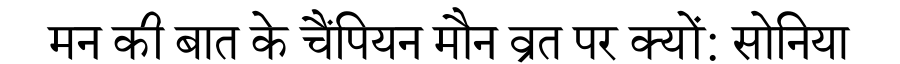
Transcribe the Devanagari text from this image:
मन की बात के चैंपियन मौन व्रत पर क्यों: सोनिया